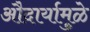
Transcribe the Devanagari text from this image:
औदार्यामुळे